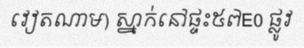
វៀតណាម) ស្នាក់នៅផ្ទះ៥៧E0 ផ្លូវ